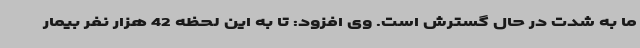
ما به شدت در حال گسترش است. وی افزود: تا به این لحظه 42 هزار نفر بیمار